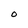
Character: O